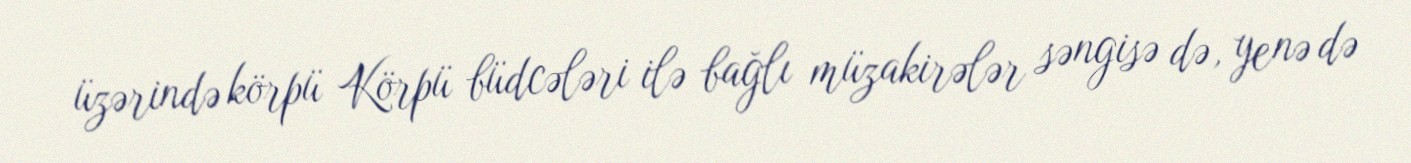
üzərində körpü Körpü büdcələri ilə bağlı müzakirələr səngisə də, yenə də